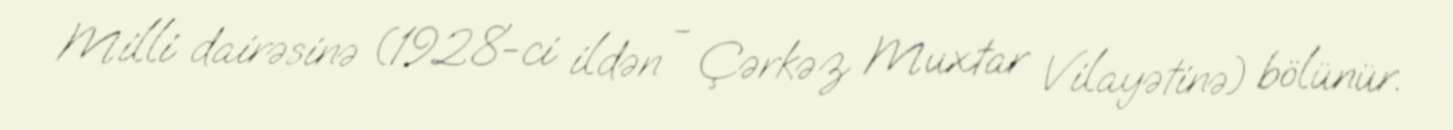
Milli dairəsinə (1928-ci ildən - Çərkəz Muxtar Vilayətinə) bölünür.